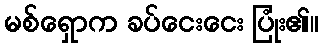
မစ်ရှောက ခပ်ငေးငေး ပြုံး၏။